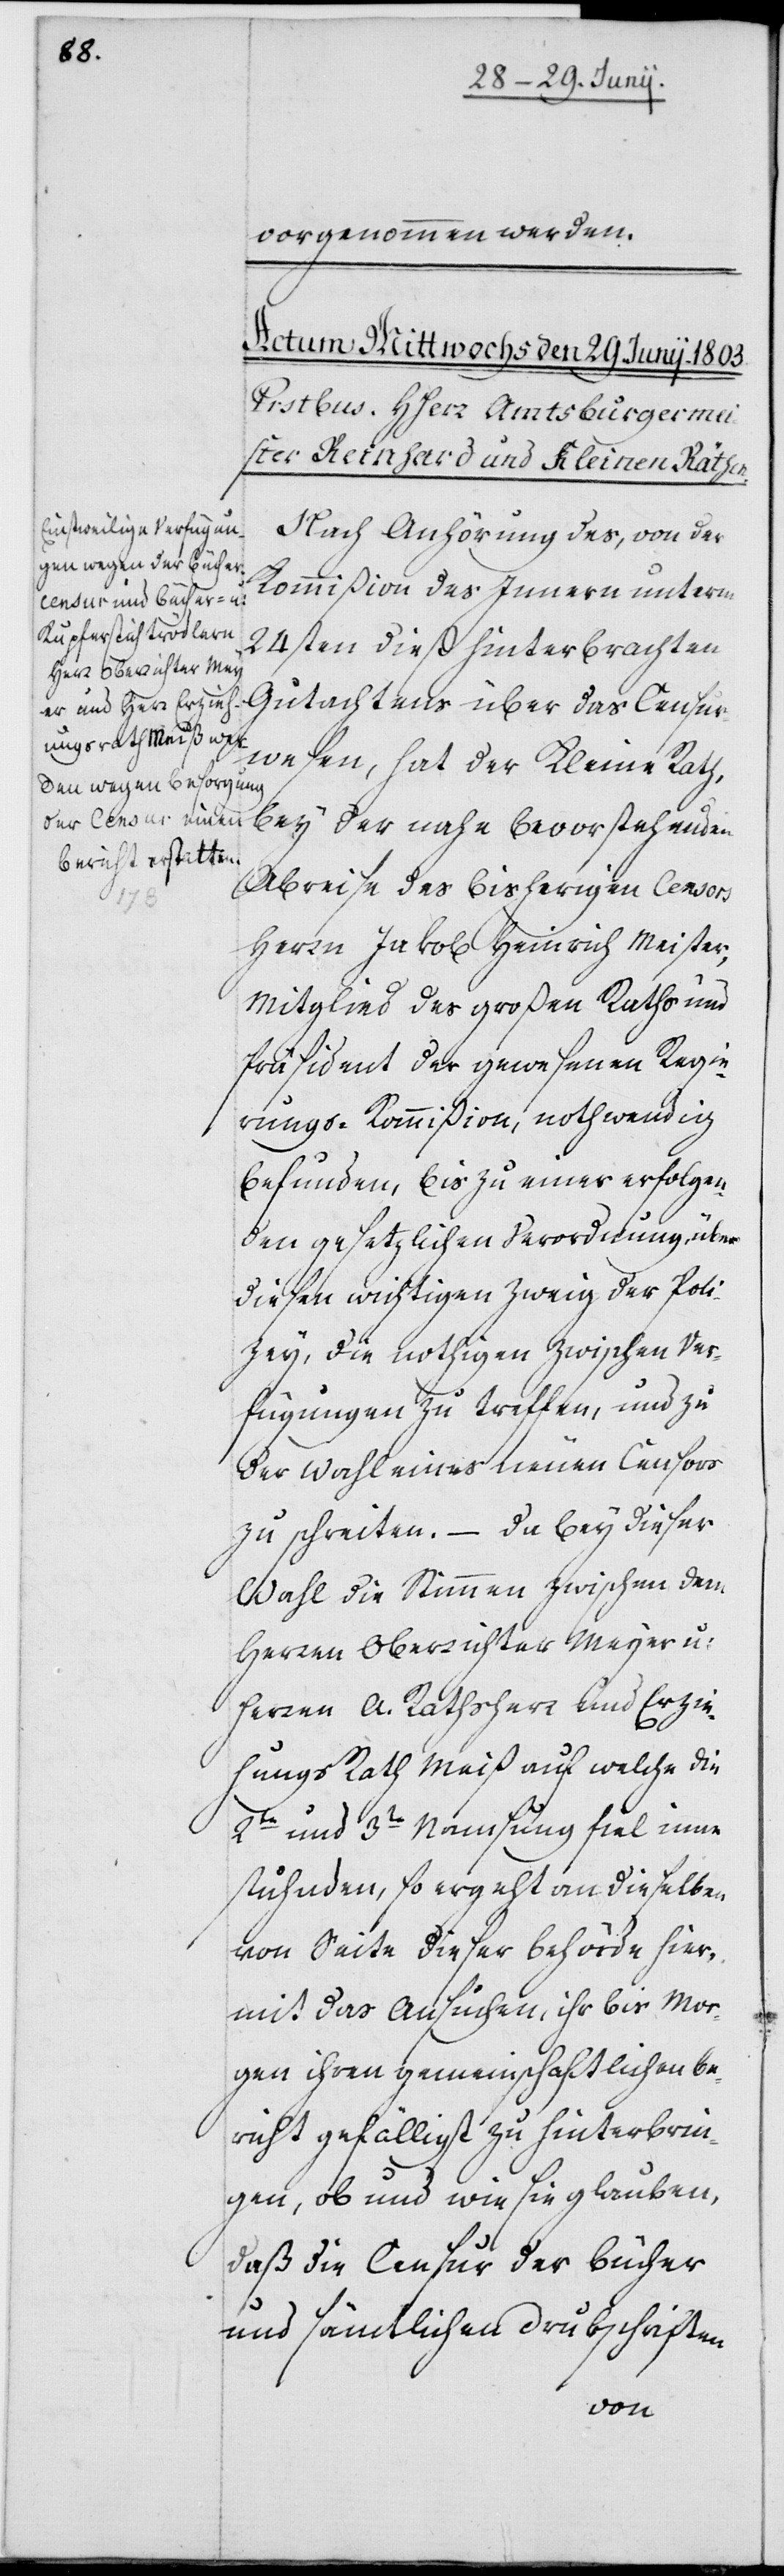
vorgenommen werden.
Nach Anhörung des, von der
Kommißion des Innern unterm
24sten dieß hinterbrachten
Gutachtens über das Censurw¬
esen, hat der Kleine Rath,
bey der nahe bevorstehenden
Abreise des bisherigen Censors,
Herrn Jakob Heinrich Meister,
Mitglied des großen Raths und
Präsident der gewesenen Regie¬
rungskommißion, nothwendig
befunden, bis zu einer erfolgen¬
den gesetzlichen Verordnung, über
diesen wichtigen Zweig der Poli¬
zey, die nothigen Zwischen Ver¬
fügungen zu treffen, und zu
der Wahl eines neuen Censors
zu schreiten. – Da bey dieser
Wahl die Stimmen zwischen dem
Herren Oberrichter Meyer u:
Herren A. Rathsherr und Erzie¬
hungs Rath Meiß auf welche die
2te und 3te Namsung fiel inne
stuhnden, so ergeht an dieselben
von Seite dieser Behörde hier¬
mit das Ansuchen, ihr bis Mor¬
gen ihren gemeinschaftlichen Be¬
richt gefälligst zu hinterbrin¬
gen, ob und wie sie glauben,
daß die Censur der Bücher
und sämtlichen Drukschriften